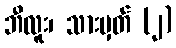
ဘီလူး၊ သားမှတ် (၂)